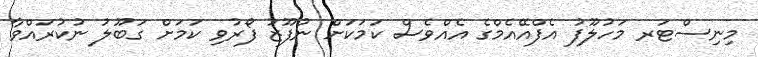
މިނިސްޓަރ މަހުލޫފު އެފްއޭއެމްގެ އެއްވެސް ކަމަކަށް ނުފޫޒު ފޯރުވި ކަމަށް ގަބޫލު ނުކުރައްވާ